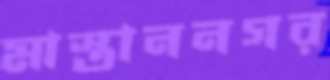
মাস্তাননগর